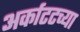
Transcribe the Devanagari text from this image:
अर्काटटच्या